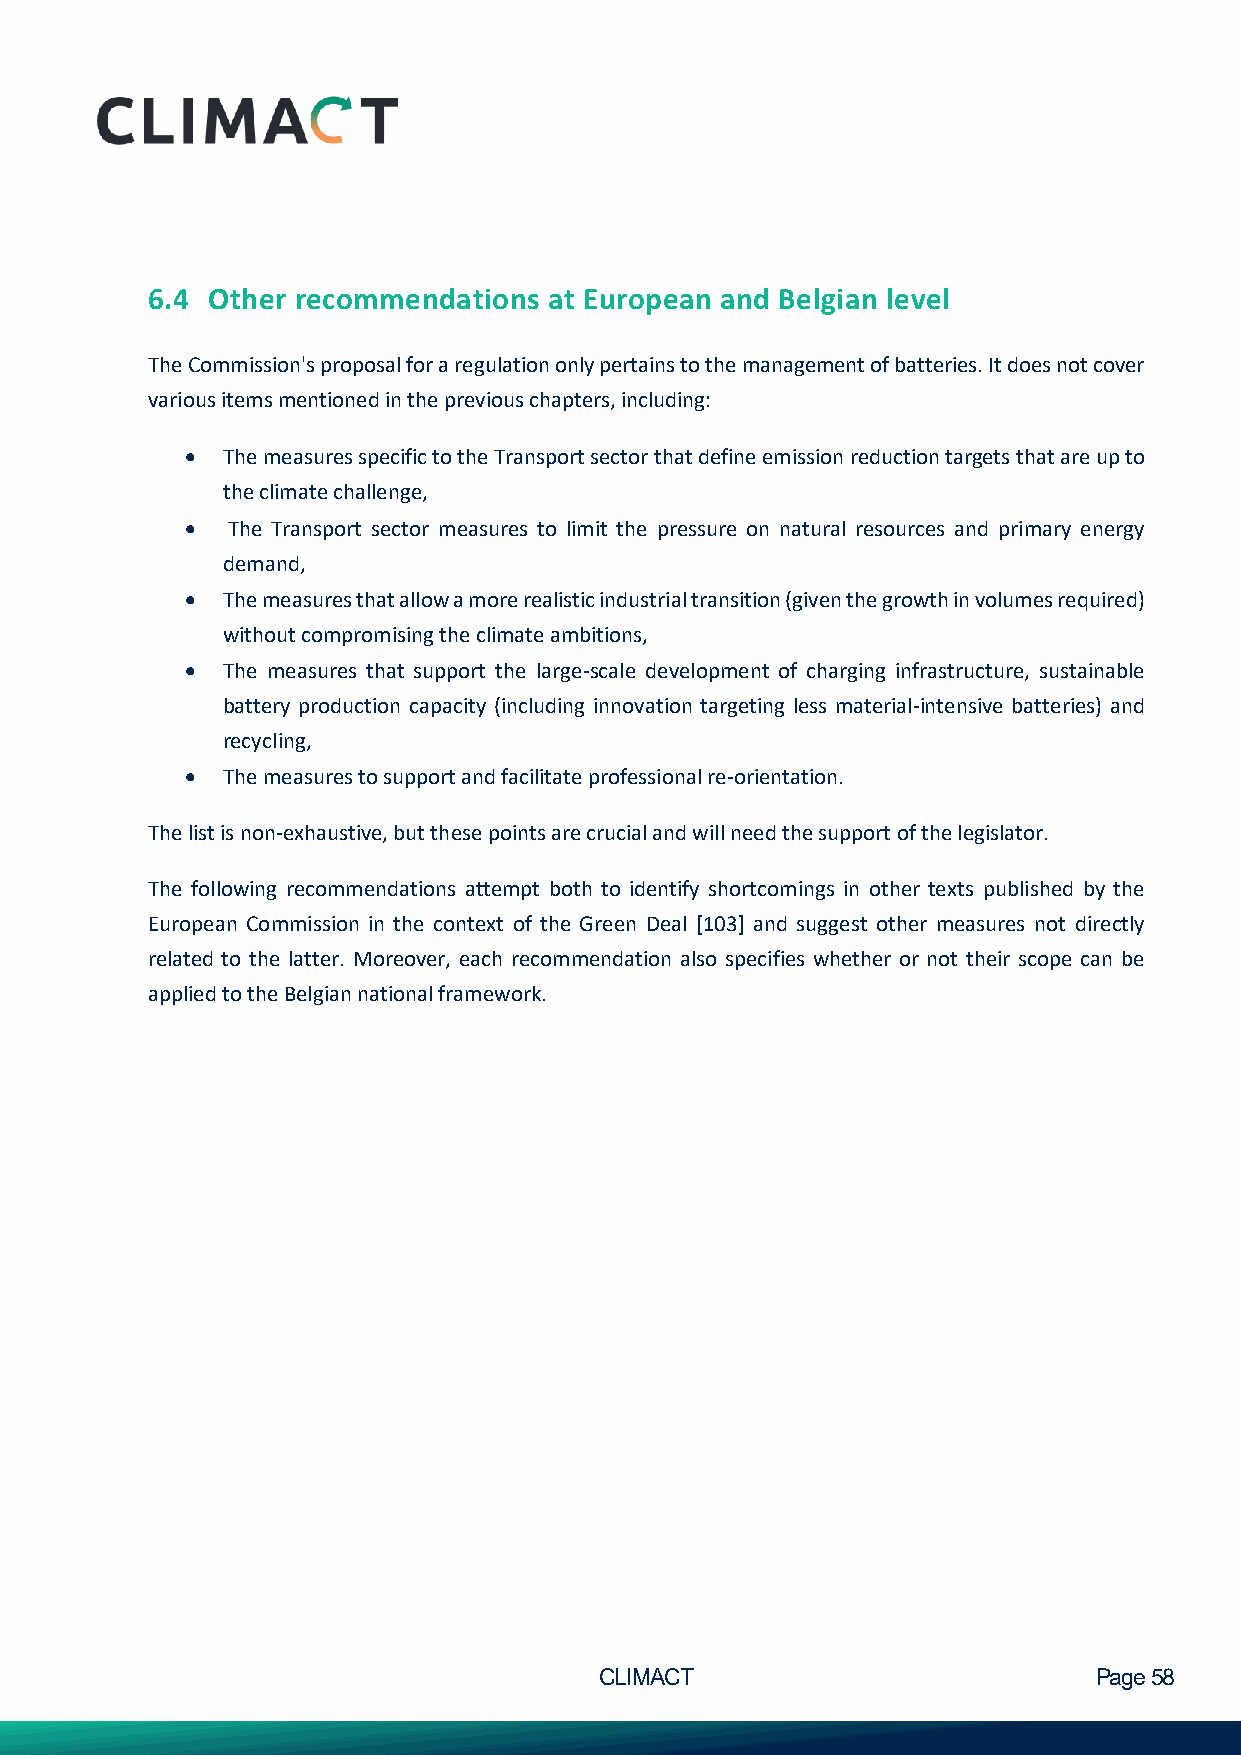
6.4 Other recommendations at European and Belgian level
 The Commission's proposal for a regulation only pertains to the management of batteries. It does not cover
 various items mentioned in the previous chapters, including:
 •  The measures specific to the Transport sector that define emission reduction targets that are up to
 the climate challenge,
 •  The Transport sector measures to limit the pressure on natural resources and primary energy
 demand,
 •  The measures that allow a more realistic industrial transition (given the growth in volumes required)
 without compromising the climate ambitions,
 •  The measures that support the large-scale development of charging infrastructure, sustainable
 battery production capacity (including innovation targeting less material-intensive batteries) and
 recycling,
 •  The measures to support and facilitate professional re-orientation.
 The list is non-exhaustive, but these points are crucial and will need the support of the legislator.
 The following recommendations attempt both to identify shortcomings in other texts published by the
 European Commission in the context of the Green Deal [103] and suggest other measures not directly
 related to the latter. Moreover, each recommendation also specifies whether or not their scope can be
 applied to the Belgian national framework.
 CLIMACT                         Page 58